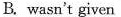
B. wasn't givern